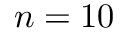
n = 1 0